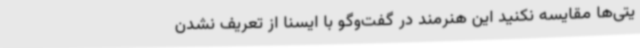
یتی‌ها مقایسه نکنید این هنرمند در گفت‌وگو با ایسنا از تعریف نشدن